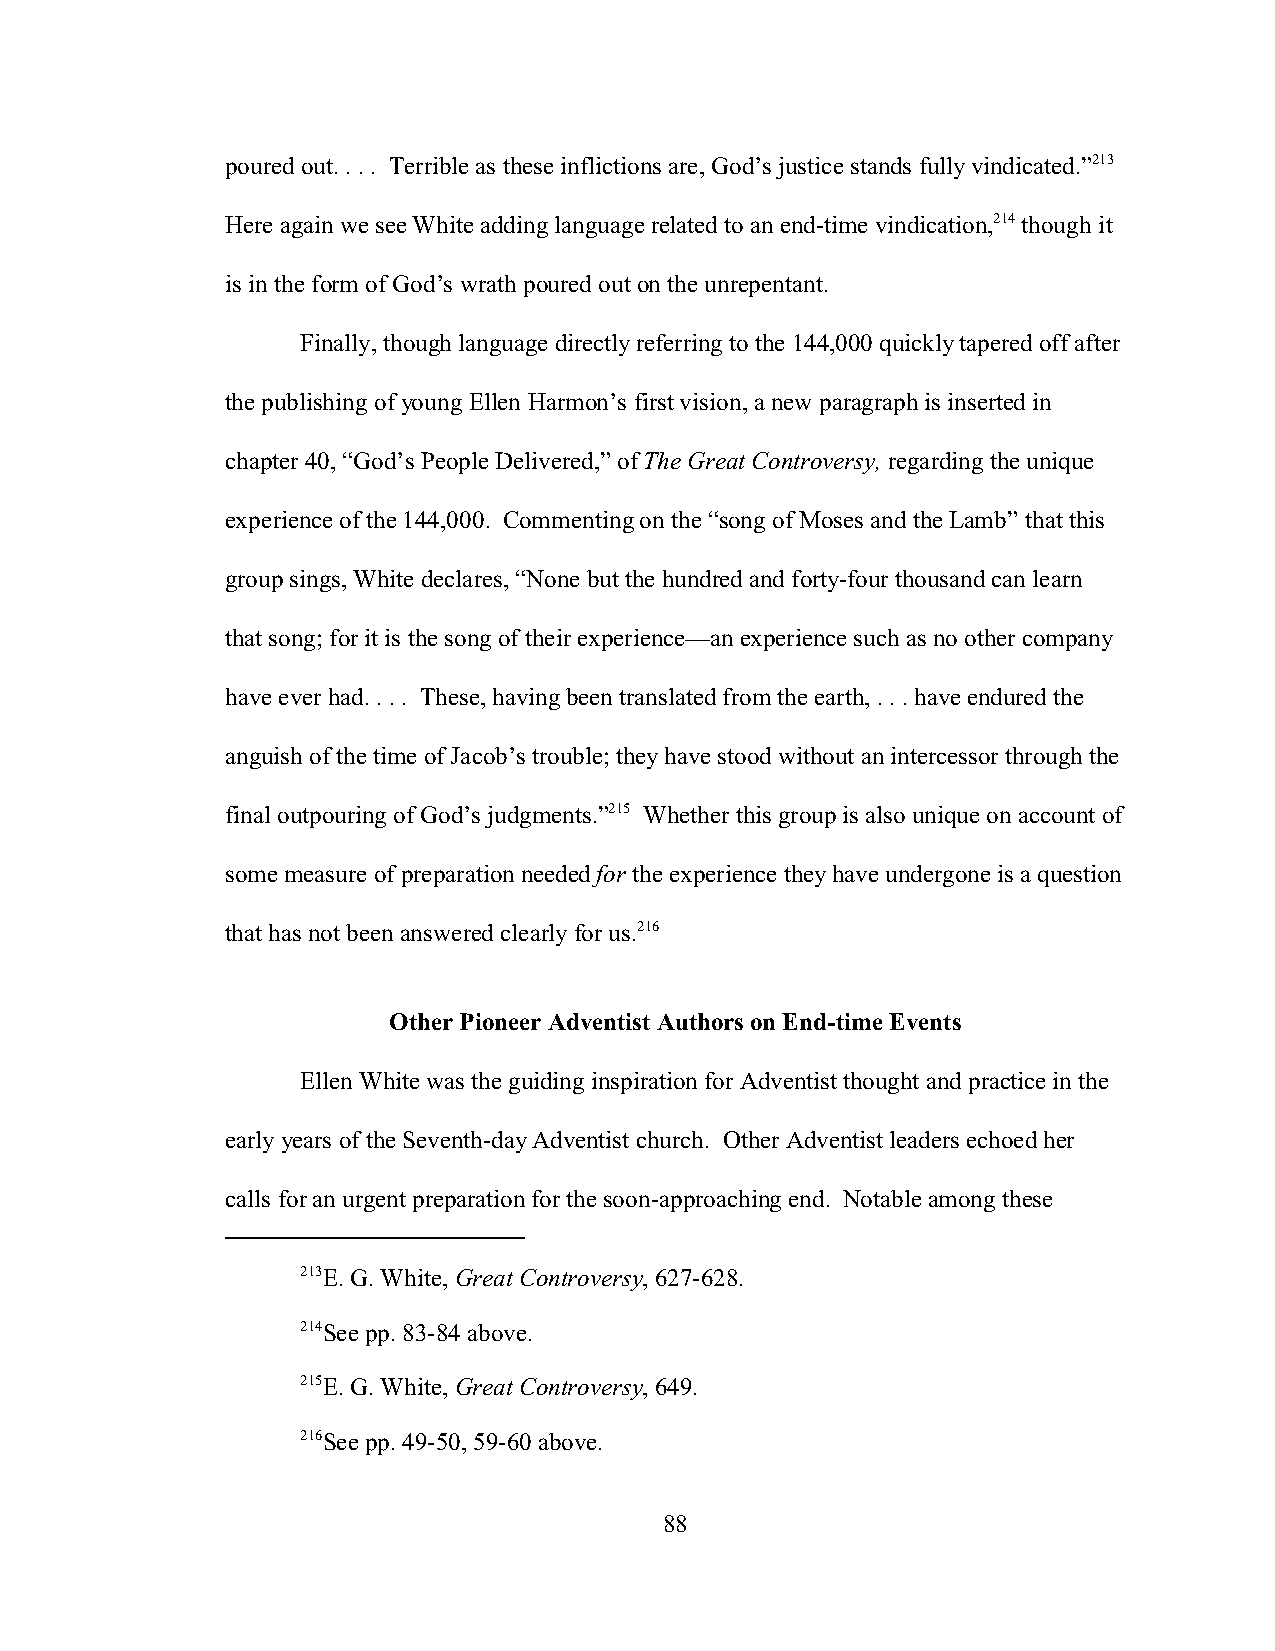
poured out. . . . Terrible as these inflictions are, God’s justice stands fully vindicated.”213
 Here again we see White adding language related to an end-time vindication,214 though it
 is in the form of God’s wrath poured out on the unrepentant.
 Finally, though language directly referring to the 144,000 quickly tapered off after
 the publishing of young Ellen Harmon’s first vision, a new paragraph is inserted in
 chapter 40, “God’s People Delivered,” of The Great Controversy, regarding the unique
 experience of the 144,000. Commenting on the “song of Moses and the Lamb” that this
 group sings, White declares, “None but the hundred and forty-four thousand can learn
 that song; for it is the song of their experience—an experience such as no other company
 have ever had. . . . These, having been translated from the earth, . . . have endured the
 anguish of the time of Jacob’s trouble; they have stood without an intercessor through the
 final outpouring of God’s judgments.”215 Whether this group is also unique on account of
 some measure of preparation needed for the experience they have undergone is a question
 that has not been answered clearly for us.216
 Other Pioneer Adventist Authors on End-time Events
 Ellen White was the guiding inspiration for Adventist thought and practice in the
 early years of the Seventh-day Adventist church. Other Adventist leaders echoed her
 calls for an urgent preparation for the soon-approaching end. Notable among these
 213E. G. White, Great Controversy, 627-628.
 214See pp. 83-84 above.
 215E. G. White, Great Controversy, 649.
 216See pp. 49-50, 59-60 above.
 88